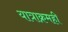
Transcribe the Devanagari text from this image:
यात्राक्रमही